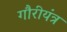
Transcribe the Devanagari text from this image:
गौरीयंत्र